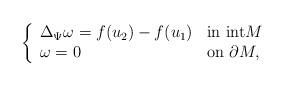
LaTeX: \begin{align*}\left\{\begin{array}{ll}\Delta_\Psi \omega =f(u_2)-f(u_1) & \textnormal{in int}M\\\omega=0 & \textnormal{on}\ \partial M,\end{array}\right.\end{align*}